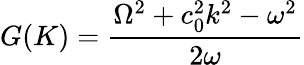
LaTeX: G(K)=\frac{\Omega^{2}+c_{0}^{2}k^{2}-\omega^{2}}{2\omega}